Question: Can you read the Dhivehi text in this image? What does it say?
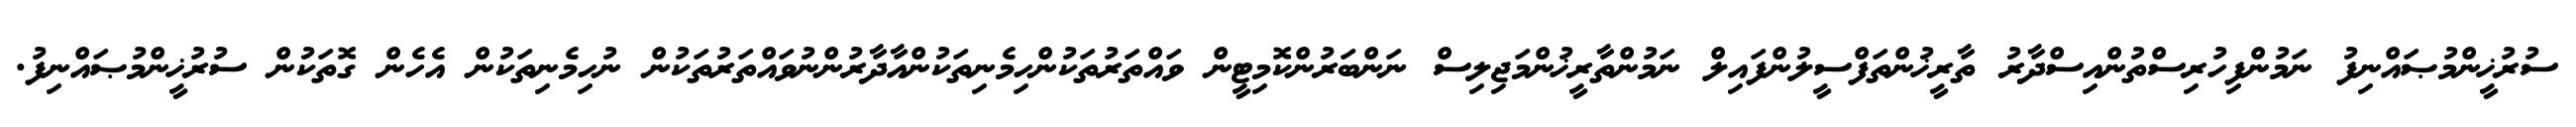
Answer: ސުރުޚީންމުޞައްނިފު ނަމުންފިހުރިސްތުންއިސްދާރު ތާރީޚުންތަފްސީލުންފައިލް ނަމުންތާރީޚުންމަޖިލިސް ނަންބަރުންކޮމިޓީން ވައްތަރުތަކުންހިމެނިތަކުންއާދާރުންނުވައްތަރުތަކުން ނުހިމެނިތަކުން އެހެން ގޮތަކުން ސުރުޚީންމުޞައްނިފު.